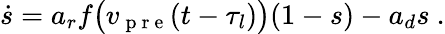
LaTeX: \dot{s}=a_{r}f\big(v_{\mathrm{~p~r~e~}}(t-\tau_{l})\big)(1-s)-a_{d}s\ .